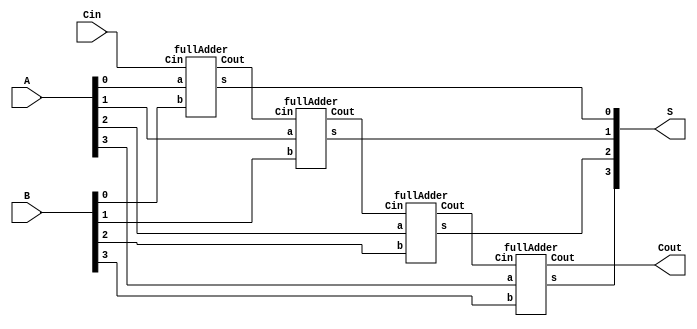
module adder4bit(input [3:0] A, B, input Cin, output [3:0] S, output Cout);
	wire w1, w2, w3;
	fullAdder add1(.a(A[0]), .b(B[0]), .Cin(Cin), .s(S[0]), .Cout(w1));
	fullAdder add2(.a(A[1]), .b(B[1]), .Cin(w1), .s(S[1]), .Cout(w2));
	fullAdder add3(.a(A[2]), .b(B[2]), .Cin(w2), .s(S[2]), .Cout(w3));
	fullAdder add4(.a(A[3]), .b(B[3]), .Cin(w3), .s(S[3]), .Cout(Cout));

endmodule

module fullAdder (input a, b, Cin, output s, Cout);
	assign s = Cin^a^b;
	assign Cout = (a & b)|
				  (Cin & a)|
				  (Cin & b);
endmodule